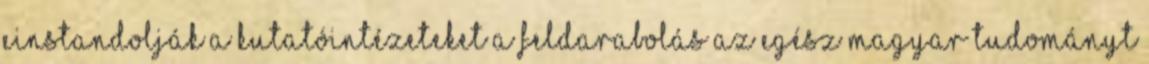
einstandolják a kutatóintézeteket A feldarabolás az egész magyar tudományt